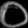
Digit: ၀